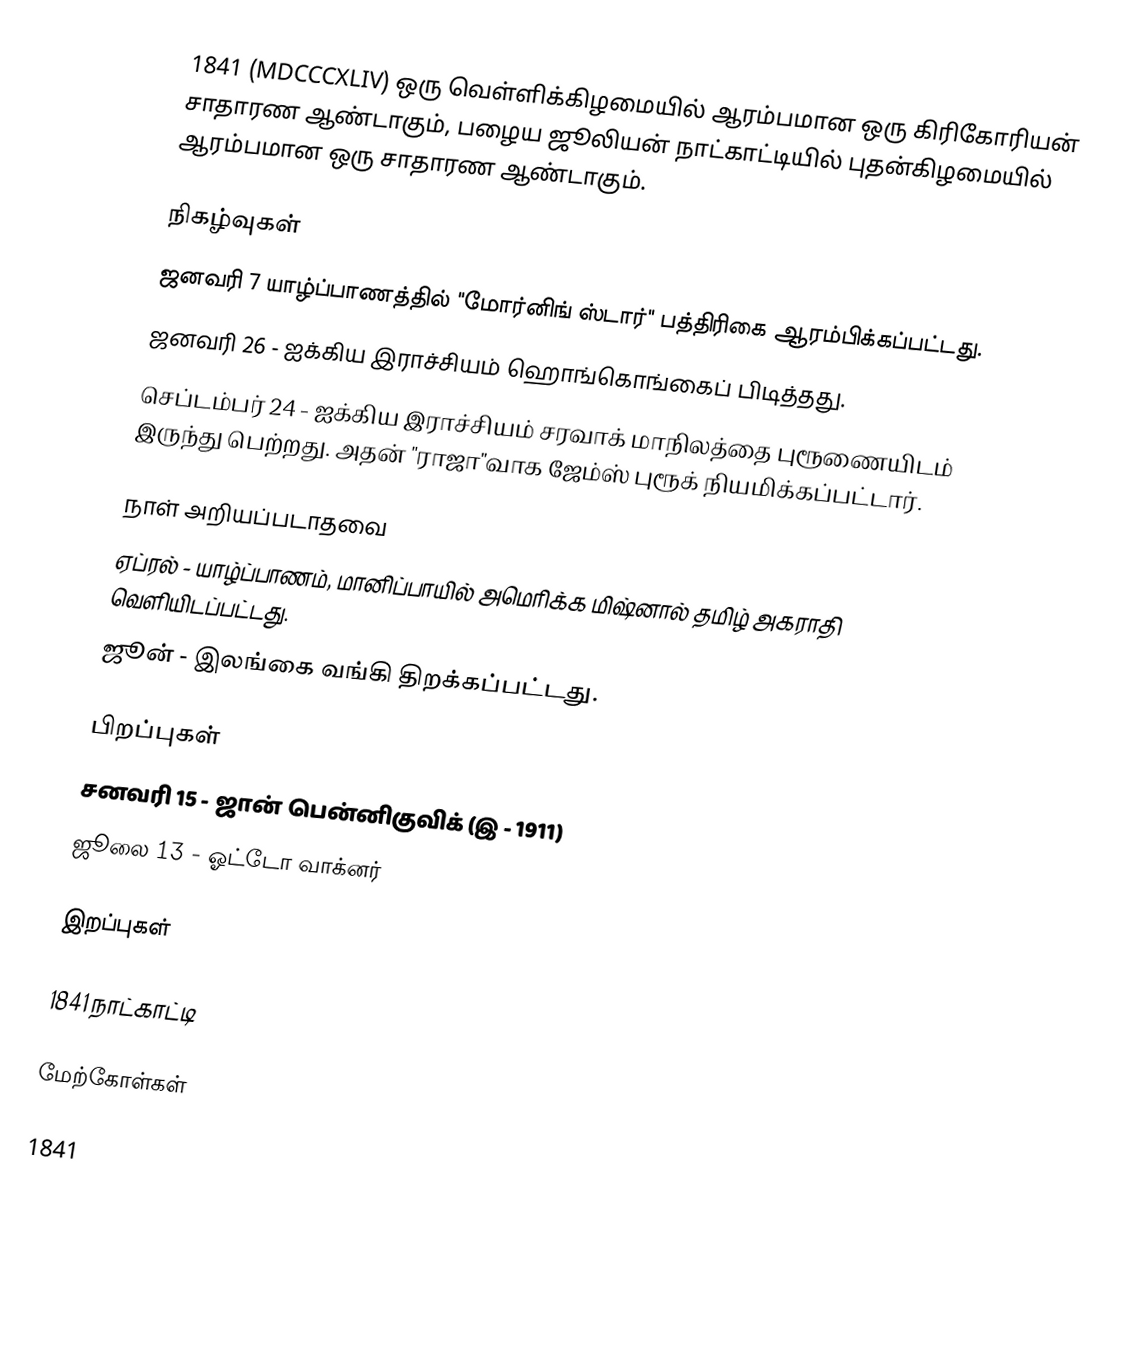
1841  (MDCCCXLIV) ஒரு வெள்ளிக்கிழமையில் ஆரம்பமான ஒரு கிரிகோரியன் சாதாரண ஆண்டாகும், பழைய ஜூலியன் நாட்காட்டியில் புதன்கிழமையில் ஆரம்பமான ஒரு சாதாரண ஆண்டாகும்.

நிகழ்வுகள்
 ஜனவரி 7 யாழ்ப்பாணத்தில் "மோர்னிங் ஸ்டார்" பத்திரிகை ஆரம்பிக்கப்பட்டது.
 ஜனவரி 26 - ஐக்கிய இராச்சியம் ஹொங்கொங்கைப் பிடித்தது.
 செப்டம்பர் 24 - ஐக்கிய இராச்சியம் சரவாக் மாநிலத்தை புரூணையிடம் இருந்து பெற்றது. அதன் "ராஜா"வாக ஜேம்ஸ் புரூக் நியமிக்கப்பட்டார்.

நாள் அறியப்படாதவை
 ஏப்ரல் - யாழ்ப்பாணம், மானிப்பாயில் அமெரிக்க மிஷ்னால் தமிழ் அகராதி வெளியிடப்பட்டது.
 ஜூன் - இலங்கை வங்கி திறக்கப்பட்டது.

பிறப்புகள்
 சனவரி 15 - ஜான் பென்னிகுவிக் (இ - 1911)
 ஜூலை 13 - ஓட்டோ வாக்னர்

இறப்புகள்

1841 நாட்காட்டி

மேற்கோள்கள்

1841